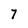
Character: 7